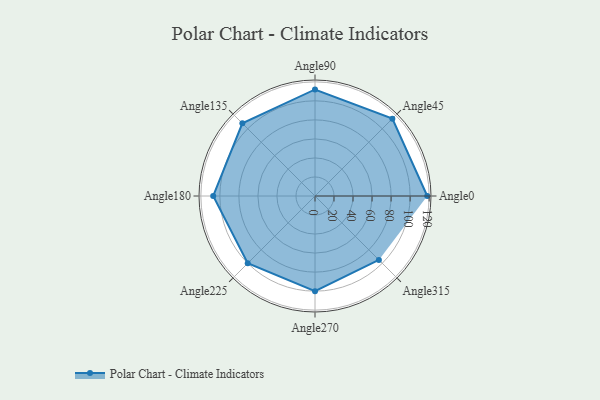
{"axis": {"x": "Angle", "y": "Radius"}, "legend": [""], "data": [{"x": "Angle0", "y": 118.0, "type": ""}, {"x": "Angle45", "y": 115.0, "type": ""}, {"x": "Angle90", "y": 112.0, "type": ""}, {"x": "Angle135", "y": 108.0, "type": ""}, {"x": "Angle180", "y": 107.0, "type": ""}, {"x": "Angle225", "y": 100.0, "type": ""}, {"x": "Angle270", "y": 100.0, "type": ""}, {"x": "Angle315", "y": 95.0, "type": ""}]}